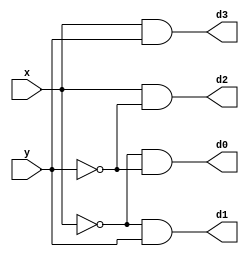
module decoder2_4(input x, y, output d0, d1, d2, d3);

assign d0 = ~x & ~y;
assign d1 = ~x & y;
assign d2 = x & ~y;
assign d3 = x & y;

endmodule